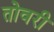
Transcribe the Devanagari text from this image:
तोवरी